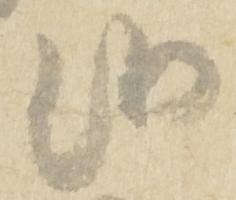
候